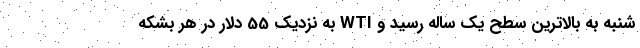
شنبه به بالاترین سطح یک ساله رسید و WTI به نزدیک 55 دلار در هر بشکه